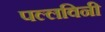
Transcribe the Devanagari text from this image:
पल्लविनी